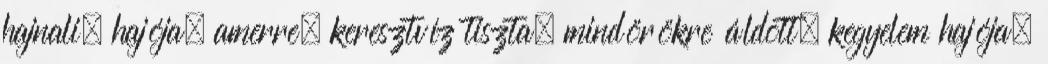
hajnali, hajója, amerre, keresztvíz tiszta, mindörökre áldott, kegyelem hajója,